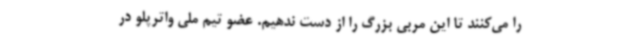
را می‌کنند تا این مربی بزرگ را از دست ندهیم. عضو تیم ملی واترپلو در